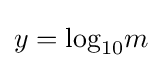
y={\textrm {log}}_{10}m